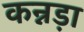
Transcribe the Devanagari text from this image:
कन्नड़ा